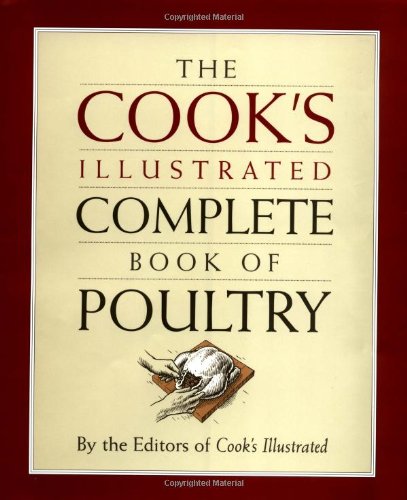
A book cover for The Cook's Illustrated Complete Book of Poultry; the Editors of Cook's Illustrated; Cookbooks, Food & Wine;